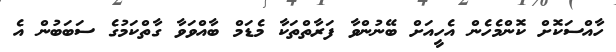
ހާއްސަކޮށް ކޮންމެހެން އެހީއަށް ބޭނުންވާ ފަރާތްތަކާ މެޑަމް ބާއްވަވާ ގާތްކަމުގެ ސަބަބުން އެ